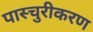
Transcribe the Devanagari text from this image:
पास्चुरीकरण